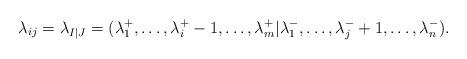
LaTeX: \begin{align*}\lambda_{ij}=\lambda_{I|J}=(\lambda^+_1, \ldots, \lambda^+_i-1, \ldots, \lambda^+_m|\lambda^-_1, \ldots, \lambda^-_j+1, \ldots, \lambda^-_n).\end{align*}